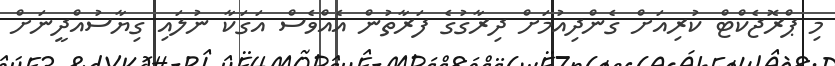
މި ޕްރޮޖެކްޓް ކުރިއަށް ގެންދިއުމަށް ދިރާގުގެ ފަރާތުން އެއްވެސް އަގަކާ ނުލައި ގިޔާސުއްދީނަށް